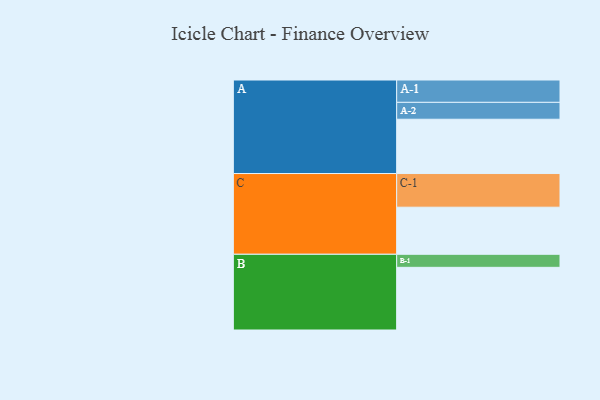
{"axis": {"x": "Segment", "y": "Value"}, "legend": ["", "A", "B", "C"], "data": [{"x": "A", "y": 408, "type": ""}, {"x": "B", "y": 471, "type": ""}, {"x": "C", "y": 354, "type": ""}, {"x": "A-1", "y": 168, "type": "A"}, {"x": "A-2", "y": 127, "type": "A"}, {"x": "B-1", "y": 98, "type": "B"}, {"x": "C-1", "y": 253, "type": "C"}]}